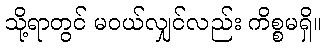
သို့ရာတွင် မဝယ်လျှင်လည်း ကိစ္စမရှိ။